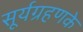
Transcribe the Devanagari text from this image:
सूर्यग्रहणके